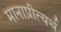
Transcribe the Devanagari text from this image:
मानाप्रीत्यर्थ